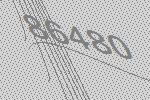
86480